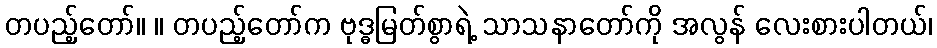
တပည့်တော်။ ။ တပည့်တော်က ဗုဒ္ဓမြတ်စွာရဲ့ သာသနာတော်ကို အလွန် လေးစားပါတယ်၊